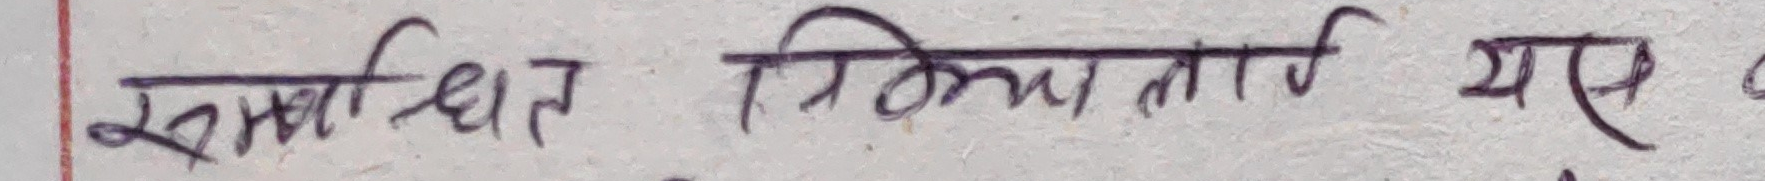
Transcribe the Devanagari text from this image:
सम्वोधित प्रतिक्रिया लागि यस